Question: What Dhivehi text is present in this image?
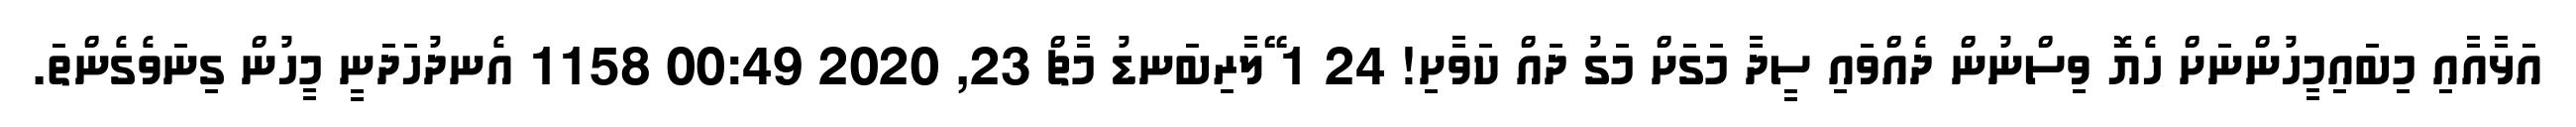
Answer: އަޅާއާއި މިބައިމީހުންނަށް ހެޔޮ ވިސްނުން ދެއްވައި ސީދާ މަގަށް މަގު ދައް ކަވާށި! 24 1 ޭލާރިބަނޑު މާޗް 23, 2020 00:49 1158 އެނދުހަދަނީ މީހުން ގިނަވެގެންތަ.